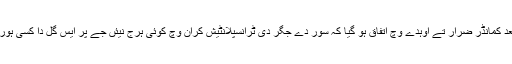
تھوڑی جہی بحث دے بعد کمانڈر ضرار تے اوہدے وچ اتفاق ہو گیا کہ سور دے جگر دی ٹرانسپلانٹیش کران وچ کوئی ہرج نیئں جے پر ایس گل دا کسی ہور نون پتہ نیئں چلنا چاہیدا۔